Cholera in southern India
Disease focus: Cholera
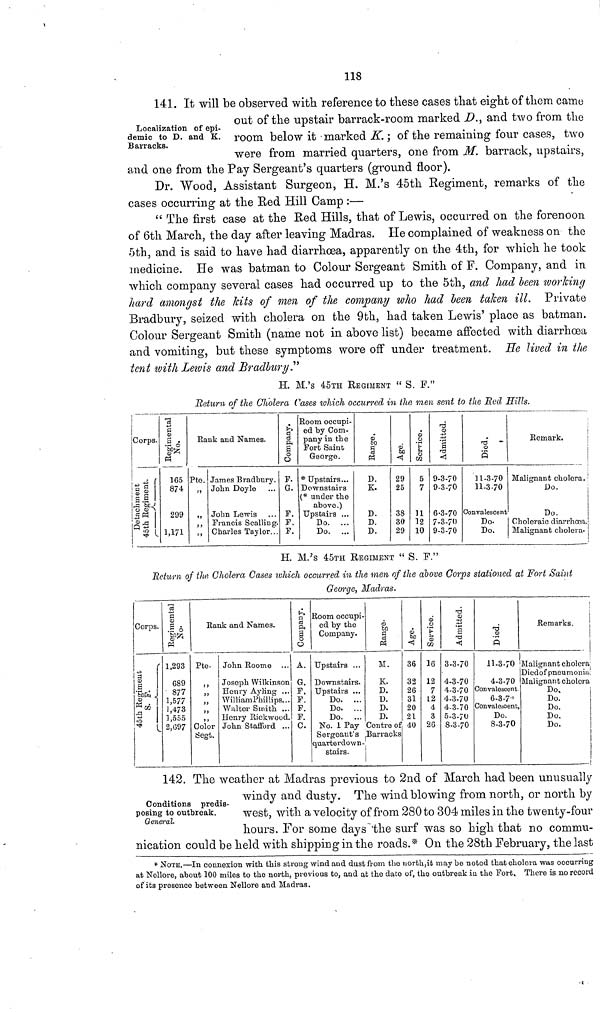
118
Localization of epi-
demic to D. and K.
Barracks.
141. It will be observed with reference to these cases that eight of them came
out of the upstair barrack-room marked D., and two from the
room below it marked K. ; of the remaining four cases, two
were from married quarters, one from M. barrack, upstairs,
and one from the Pay Sergeant's quarters (ground floor).
Dr. Wood, Assistant Surgeon, H. M.'s 45th Regiment, remarks of the
cases occurring at the Red Hill Camp :—
" The first case at the Red Hills, that of Lewis, occurred on the forenoon
of 6th March, the day after leaving Madras. He complained of weakness on the
5th, and is said to have had diarrhoea, apparently on the 4th, for which he took
medicine. He was batman to Colour Sergeant Smith of F. Company, and in
which company several cases had occurred up to the 5th, and had been working
hard amongst the kits of men of the company who had been taken ill. Private
Bradbury, seized with cholera on the 9th, had taken Lewis' place as batman.
Colour Sergeant Smith (name not in above list) became affected with diarrhoea
and vomiting, but these symptoms wore off under treatment. He lived in the
tent with Lewis and Bradbury."
H. M.'s 45TH REGIMENT " S. F."
Return of the Citolera Cases which occurred in the men sent to the Red Hills.
Corps.
Regimental
No.
165
874
299
1,171
Rank and Names.
Pte.
,,
James Bradbury.
John Doyle
John Lewis
Francis Scalling.
Charles Taylor...
Company
F.
G.
F.
F.
F.
Room occupi-
ed by Com-
pany in the
Fort Saint
George.
* Upstairs...
Downstairs
(* under the
above.)
Upstairs ...
Do. ...
Do. ...
Range
D.
K.
D.
D.
D.
Age.
29
25
38
30
29
Service.
5
7
11
12
10
Admitted
9-3-70
9-3-70
6.3-70
7-3-70
9-3-70
Died
11-3-70
11-3-70
Convalescent
Do.
Do.
Remark.
Malignant cholera.
Do.
Do.
Choleraic diarrhoea.
Malignant cholera.
H. M.'s 45TH REGIMENT " S.
F"
Return of the Cholera Cases which occurred in the men of the above Corps stationed at Fort Saint
Georqe, Madras.
Corps.
f
(D
8
1,293
689
877
1,577
1,473
1,555
2,G97
Rank and Names.
Pte.
Color
Segt.
John Roome
Joseph Wilkinson
Henry Ayling ...
William Phillips...
Walter Smith ...
Henry Rickwood.
John Stafford ...
Company
A.
G.
F,
F.
F.
F.
C.
Room occupi-
ed by the
Company.
Upstairs ...
Downstairs.
Upstairs ...
Do. ...
Do. ...
Do. ...
No. 1 Pay
Sergeant's
quarterdown-
stairs.
Range
M.
K.
D.
D.
D.
D.
Centre of
Barracks
Age
36
32
26
31
20
21
40
Service02
16
12
7
12
4
3
26
3-3-70
4-3-70
4-3-70
4-3-70
4-3-70
5-3-70
S-3-70
11-3.70
4-3-70
Convalescent
6-3-7"
Convalesoent,
Do.
8-3-70
Remarks.
Malignant cholera
Diedof pneumonia
Malignant cholera
Do.
Do.
Do.
Do.
Do.
Conditions predis-
posing to outbreak.
General.
142. The weather at Madras previous to 2nd of March had been unusually
windy and dusty. The wind blowing from north, or north by
west, with a velocity of from 280 to 304 miles in the twenty-four
hours. For some days the surf was so high that no commu-
nication could be held with shipping in the roads.* On the 28th February, the last
* NOTE.—In connexion with this strong wind and dust from the north,it may bo noted that cholera was occurring
at Nellore, about 100 miles to the north, previous to, and at the date of, the outbreak in the Fort, There is no record
of its presence between Nellore and Madras.